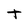
Character: t